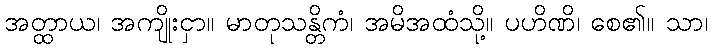
အတ္ထာယ၊ အကျိုးငှာ။ မာတုသန္တိကံ၊ အမိအထံသို့။ ပဟိဏိ၊ စေ၏။ သာ၊